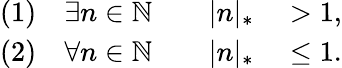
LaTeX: \begin{array}{rl}{(1)\quad\exists n\in\mathbb{N}\qquad|n|_{*}}&{{}>1,}\\ {(2)\quad\forall n\in\mathbb{N}\qquad|n|_{*}}&{{}\leq 1.}\end{array}